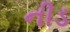
નીડ